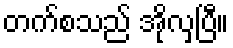
တက်စသည် အိုလှပြီ။